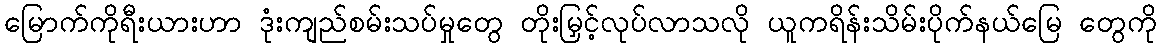
မြောက်ကိုရီးယားဟာ ဒုံးကျည်စမ်းသပ်မှုတွေ တိုးမြှင့်လုပ်လာသလို ယူကရိန်းသိမ်းပိုက်နယ်မြေ တွေကို